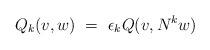
LaTeX: \begin{align*} Q_k(v,w) \ = \ \epsilon_k Q(v , N^k w)\end{align*}